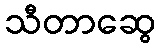
သီတာဆွေ